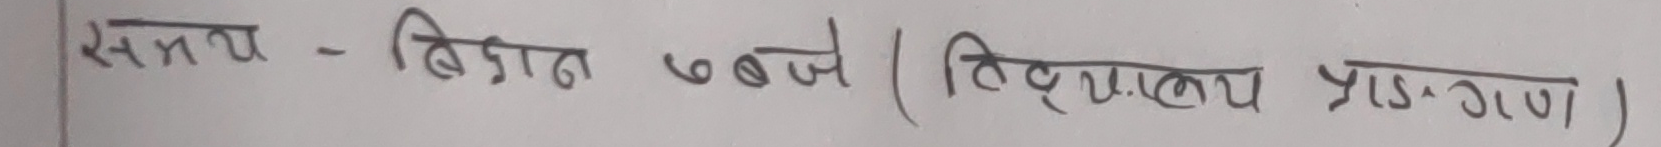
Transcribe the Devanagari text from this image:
समय - बिहान ७ बजे (दिव्यकाल प्रज्ञान)